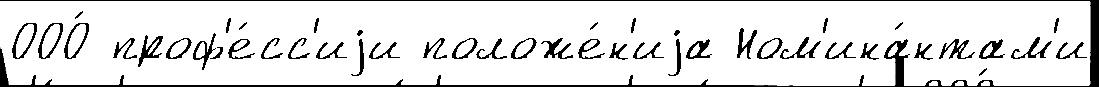
ООО́ проф'е́сс'иjи положе́н'иjа Ном'ина́нтам'и